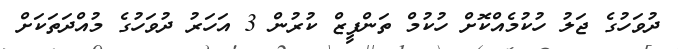
ދުވަހުގެ ޖަލު ހުކުމެއްކޮށް ހުކުމް ތަންފީޒް ކުރުން 3 އަހަރު ދުވަހުގެ މުއްދަތަކަށް